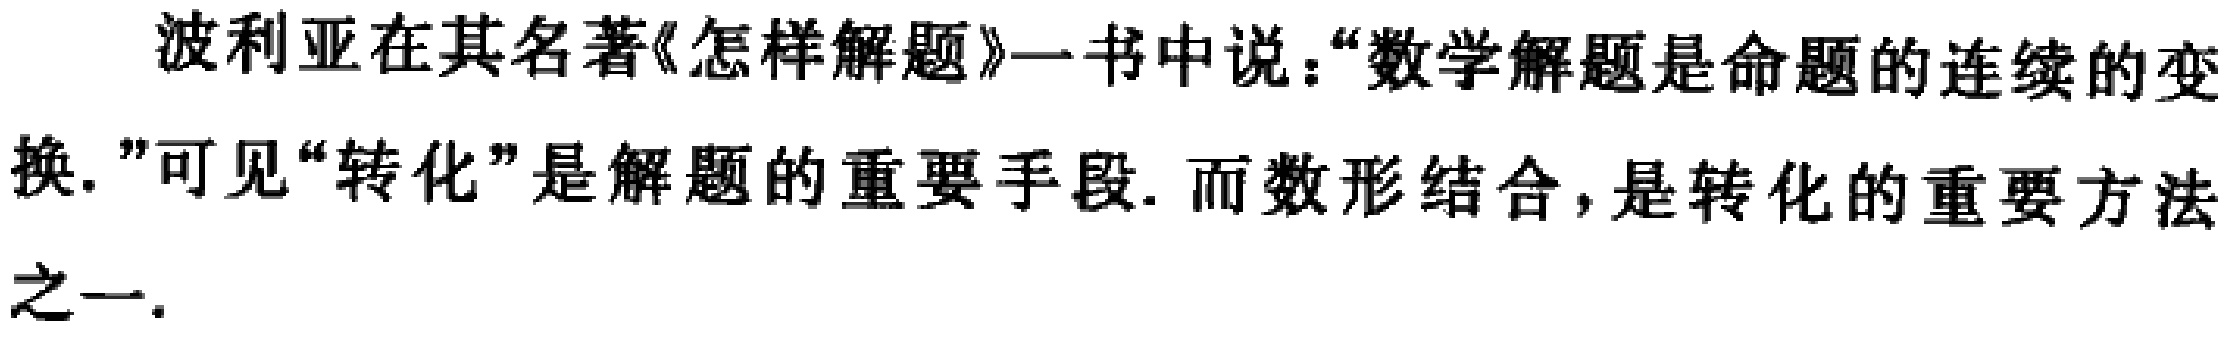
波利亚在其名著《怎样解题》一书中说：“数学解题是命题的连续的变换.”可见“转化”是解题的重要手段. 而数形结合，是转化的重要方法之一.